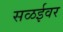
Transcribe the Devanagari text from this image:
सळईवर